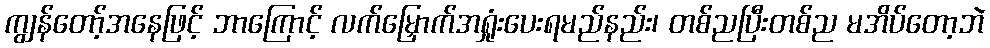
ကျွန်တော့်အနေဖြင့် ဘာကြောင့် လက်မြှောက်အရှုံးပေးရမည်နည်း၊ တစ်ညပြီးတစ်ည မအိပ်တော့ဘဲ